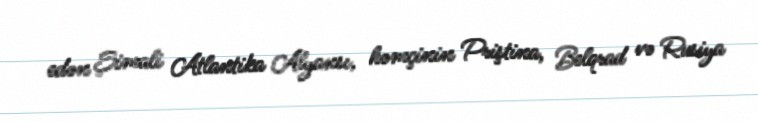
edən Şimali Atlantika Alyansı, həmçinin Priştina, Belqrad və Rusiya